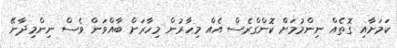
ކަމަށާއި ގޮތެއް ނިންމުމަށް ކޮންގްރެސް އެއް މިހާރުން މިހާރަށް ބާއްވަން ވެސް ނިންމިދާނޭ